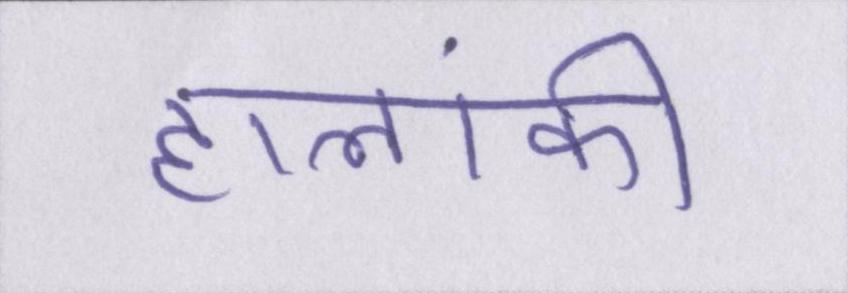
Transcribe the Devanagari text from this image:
हालांकी